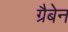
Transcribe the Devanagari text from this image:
ग्रैबेन